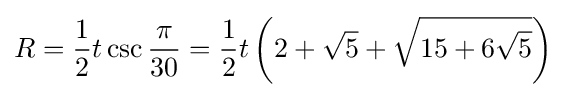
R={\frac {1}{2}}t\csc {\frac {\pi }{30}}={\frac {1}{2}}t\left(2+{\sqrt {5}}+{\sqrt {15+6{\sqrt {5}}}}\right)